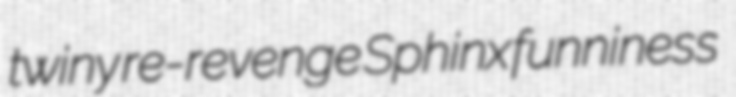
twiny re-revenge Sphinx funniness